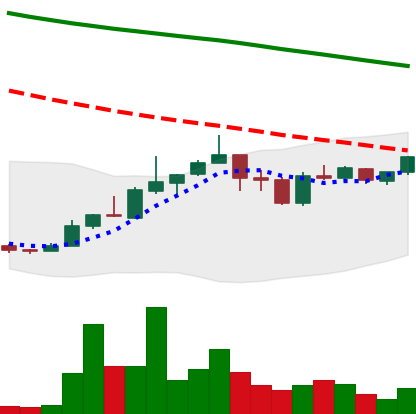
Ticker: ADA-USD
Chart end date: 2019-01-02
Forward return: 6.05%
Label: up_5_7